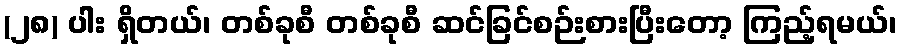
(၂၈) ပါး ရှိတယ်၊ တစ်ခုစီ တစ်ခုစီ ဆင်ခြင်စဉ်းစားပြီးတော့ ကြည့်ရမယ်၊